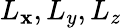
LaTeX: L_{\mathbf{x}},L_{y},L_{z}